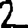
Digit: 2